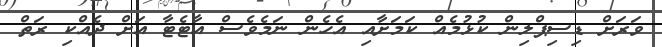
ވަރަށް ޑިސިޕްލިން ކުޅުމެއް ކަމަށާއި އެހެން ނަމެވެސް އާޓެޓާ އަށް ދެއްކި ރަތް